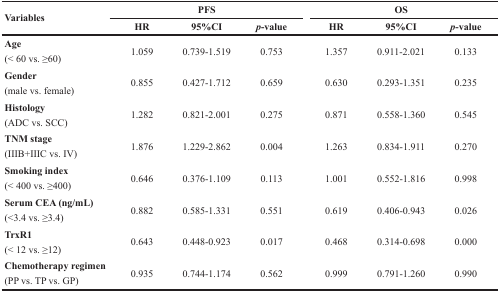
<table><thead><tr><td rowspan="2"><b>Variables</b></td><td colspan="3"><b>PFS</b></td><td colspan="3"><b>OS</b></td></tr><tr><td><b>HR</b></td><td><b>95%CI</b></td><td><b><i>p</i>-value</b></td><td><b>HR</b></td><td><b>95%CI</b></td><td><b><i>p</i>-value</b></td></tr></thead><tbody><tr><td><b>Age</b>(&lt; 60 vs. ≥60)</td><td>1.059</td><td>0.739-1.519</td><td>0.753</td><td>1.357</td><td>0.911-2.021</td><td>0.133</td></tr><tr><td><b>Gender</b>(male vs. female)</td><td>0.855</td><td>0.427-1.712</td><td>0.659</td><td>0.630</td><td>0.293-1.351</td><td>0.235</td></tr><tr><td><b>Histology</b>(ADC vs. SCC)</td><td>1.282</td><td>0.821-2.001</td><td>0.275</td><td>0.871</td><td>0.558-1.360</td><td>0.545</td></tr><tr><td><b>TNM stage</b>(IIIB+IIIC vs. IV)</td><td>1.876</td><td>1.229-2.862</td><td>0.004</td><td>1.263</td><td>0.834-1.911</td><td>0.270</td></tr><tr><td><b>Smoking index</b>(&lt; 400 vs. ≥400)</td><td>0.646</td><td>0.376-1.109</td><td>0.113</td><td>1.001</td><td>0.552-1.816</td><td>0.998</td></tr><tr><td><b>Serum CEA (ng/mL)</b>(&lt;3.4 vs. ≥3.4)</td><td>0.882</td><td>0.585-1.331</td><td>0.551</td><td>0.619</td><td>0.406-0.943</td><td>0.026</td></tr><tr><td><b>TrxR1</b>(&lt; 12 vs. ≥12)</td><td>0.643</td><td>0.448-0.923</td><td>0.017</td><td>0.468</td><td>0.314-0.698</td><td>0.000</td></tr><tr><td><b>Chemotherapy regimen</b>(PP vs. TP vs. GP)</td><td>0.935</td><td>0.744-1.174</td><td>0.562</td><td>0.999</td><td>0.791-1.260</td><td>0.990</td></tr></tbody></table>